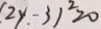
( 2 y - 3 ) ^ { 2 } \geq 0